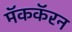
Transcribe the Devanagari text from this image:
मॅककॅरन